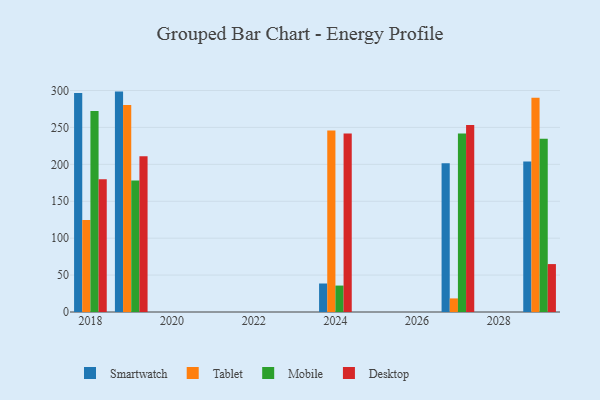
{"axis": {"x": "Year", "y": "Latency (ms)"}, "legend": ["Desktop", "Mobile", "Smartwatch", "Tablet"], "data": [{"x": "2019", "y": 298.5, "type": "Smartwatch"}, {"x": "2019", "y": 280.4, "type": "Tablet"}, {"x": "2019", "y": 178.2, "type": "Mobile"}, {"x": "2019", "y": 211.0, "type": "Desktop"}, {"x": "2024", "y": 38.6, "type": "Smartwatch"}, {"x": "2024", "y": 245.8, "type": "Tablet"}, {"x": "2024", "y": 35.8, "type": "Mobile"}, {"x": "2024", "y": 241.7, "type": "Desktop"}, {"x": "2027", "y": 201.5, "type": "Smartwatch"}, {"x": "2027", "y": 18.4, "type": "Tablet"}, {"x": "2027", "y": 241.8, "type": "Mobile"}, {"x": "2027", "y": 253.4, "type": "Desktop"}, {"x": "2018", "y": 296.7, "type": "Smartwatch"}, {"x": "2018", "y": 124.5, "type": "Tablet"}, {"x": "2018", "y": 272.2, "type": "Mobile"}, {"x": "2018", "y": 179.8, "type": "Desktop"}, {"x": "2029", "y": 203.8, "type": "Smartwatch"}, {"x": "2029", "y": 290.2, "type": "Tablet"}, {"x": "2029", "y": 234.8, "type": "Mobile"}, {"x": "2029", "y": 64.9, "type": "Desktop"}]}